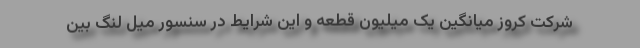
شرکت کروز میانگین یک میلیون قطعه و این شرایط در سنسور میل لنگ بین